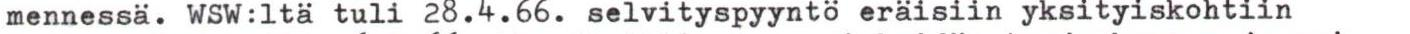
mennessä. WSW:ltä tuli 28.4.66. selvityspyyntö eräisiin yksityiskohtiin